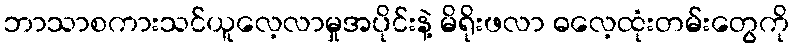
ဘာသာစကားသင်ယူလေ့လာမှုအပိုင်းနဲ့ မိရိုးဖလာ ဓလေ့ထုံးတမ်းတွေကို